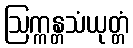
ဩက္ကန္တသံယုတ္တံ